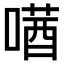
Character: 𫫛